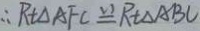
\therefore R t \Delta A F C \cong R t \Delta A B C